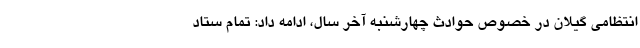
انتظامی گیلان در خصوص حوادث چهارشنبه آخر سال، ادامه داد: تمام ستاد